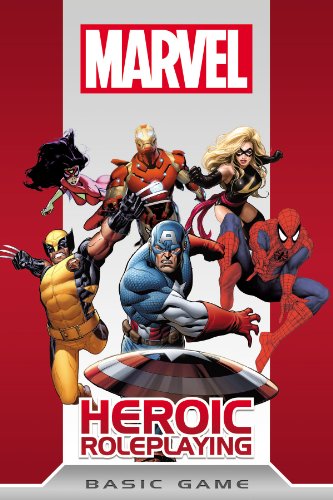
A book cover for Marvel Heroic Roleplay Basic Game; Various; Science Fiction & Fantasy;